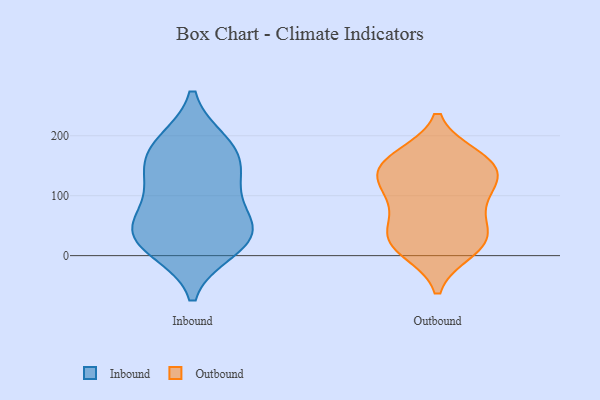
{"axis": {"x": "Tickets Resolved", "y": "Value"}, "legend": ["Inbound", "Outbound"], "data": [{"x": "", "y": 186, "type": "Inbound"}, {"x": "", "y": 139, "type": "Inbound"}, {"x": "", "y": 11, "type": "Inbound"}, {"x": "", "y": 51, "type": "Inbound"}, {"x": "", "y": 166, "type": "Inbound"}, {"x": "", "y": 58, "type": "Inbound"}, {"x": "", "y": 34, "type": "Inbound"}, {"x": "", "y": 36, "type": "Inbound"}, {"x": "", "y": 131, "type": "Inbound"}, {"x": "", "y": 18, "type": "Inbound"}, {"x": "", "y": 188, "type": "Inbound"}, {"x": "", "y": 99, "type": "Inbound"}, {"x": "", "y": 47, "type": "Outbound"}, {"x": "", "y": 147, "type": "Outbound"}, {"x": "", "y": 136, "type": "Outbound"}, {"x": "", "y": 154, "type": "Outbound"}, {"x": "", "y": 110, "type": "Outbound"}, {"x": "", "y": 103, "type": "Outbound"}, {"x": "", "y": 10, "type": "Outbound"}, {"x": "", "y": 30, "type": "Outbound"}, {"x": "", "y": 23, "type": "Outbound"}, {"x": "", "y": 163, "type": "Outbound"}, {"x": "", "y": 153, "type": "Outbound"}, {"x": "", "y": 24, "type": "Outbound"}, {"x": "", "y": 86, "type": "Outbound"}]}